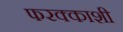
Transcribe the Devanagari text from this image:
फरक्काशी